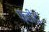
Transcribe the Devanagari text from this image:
फ़हीद